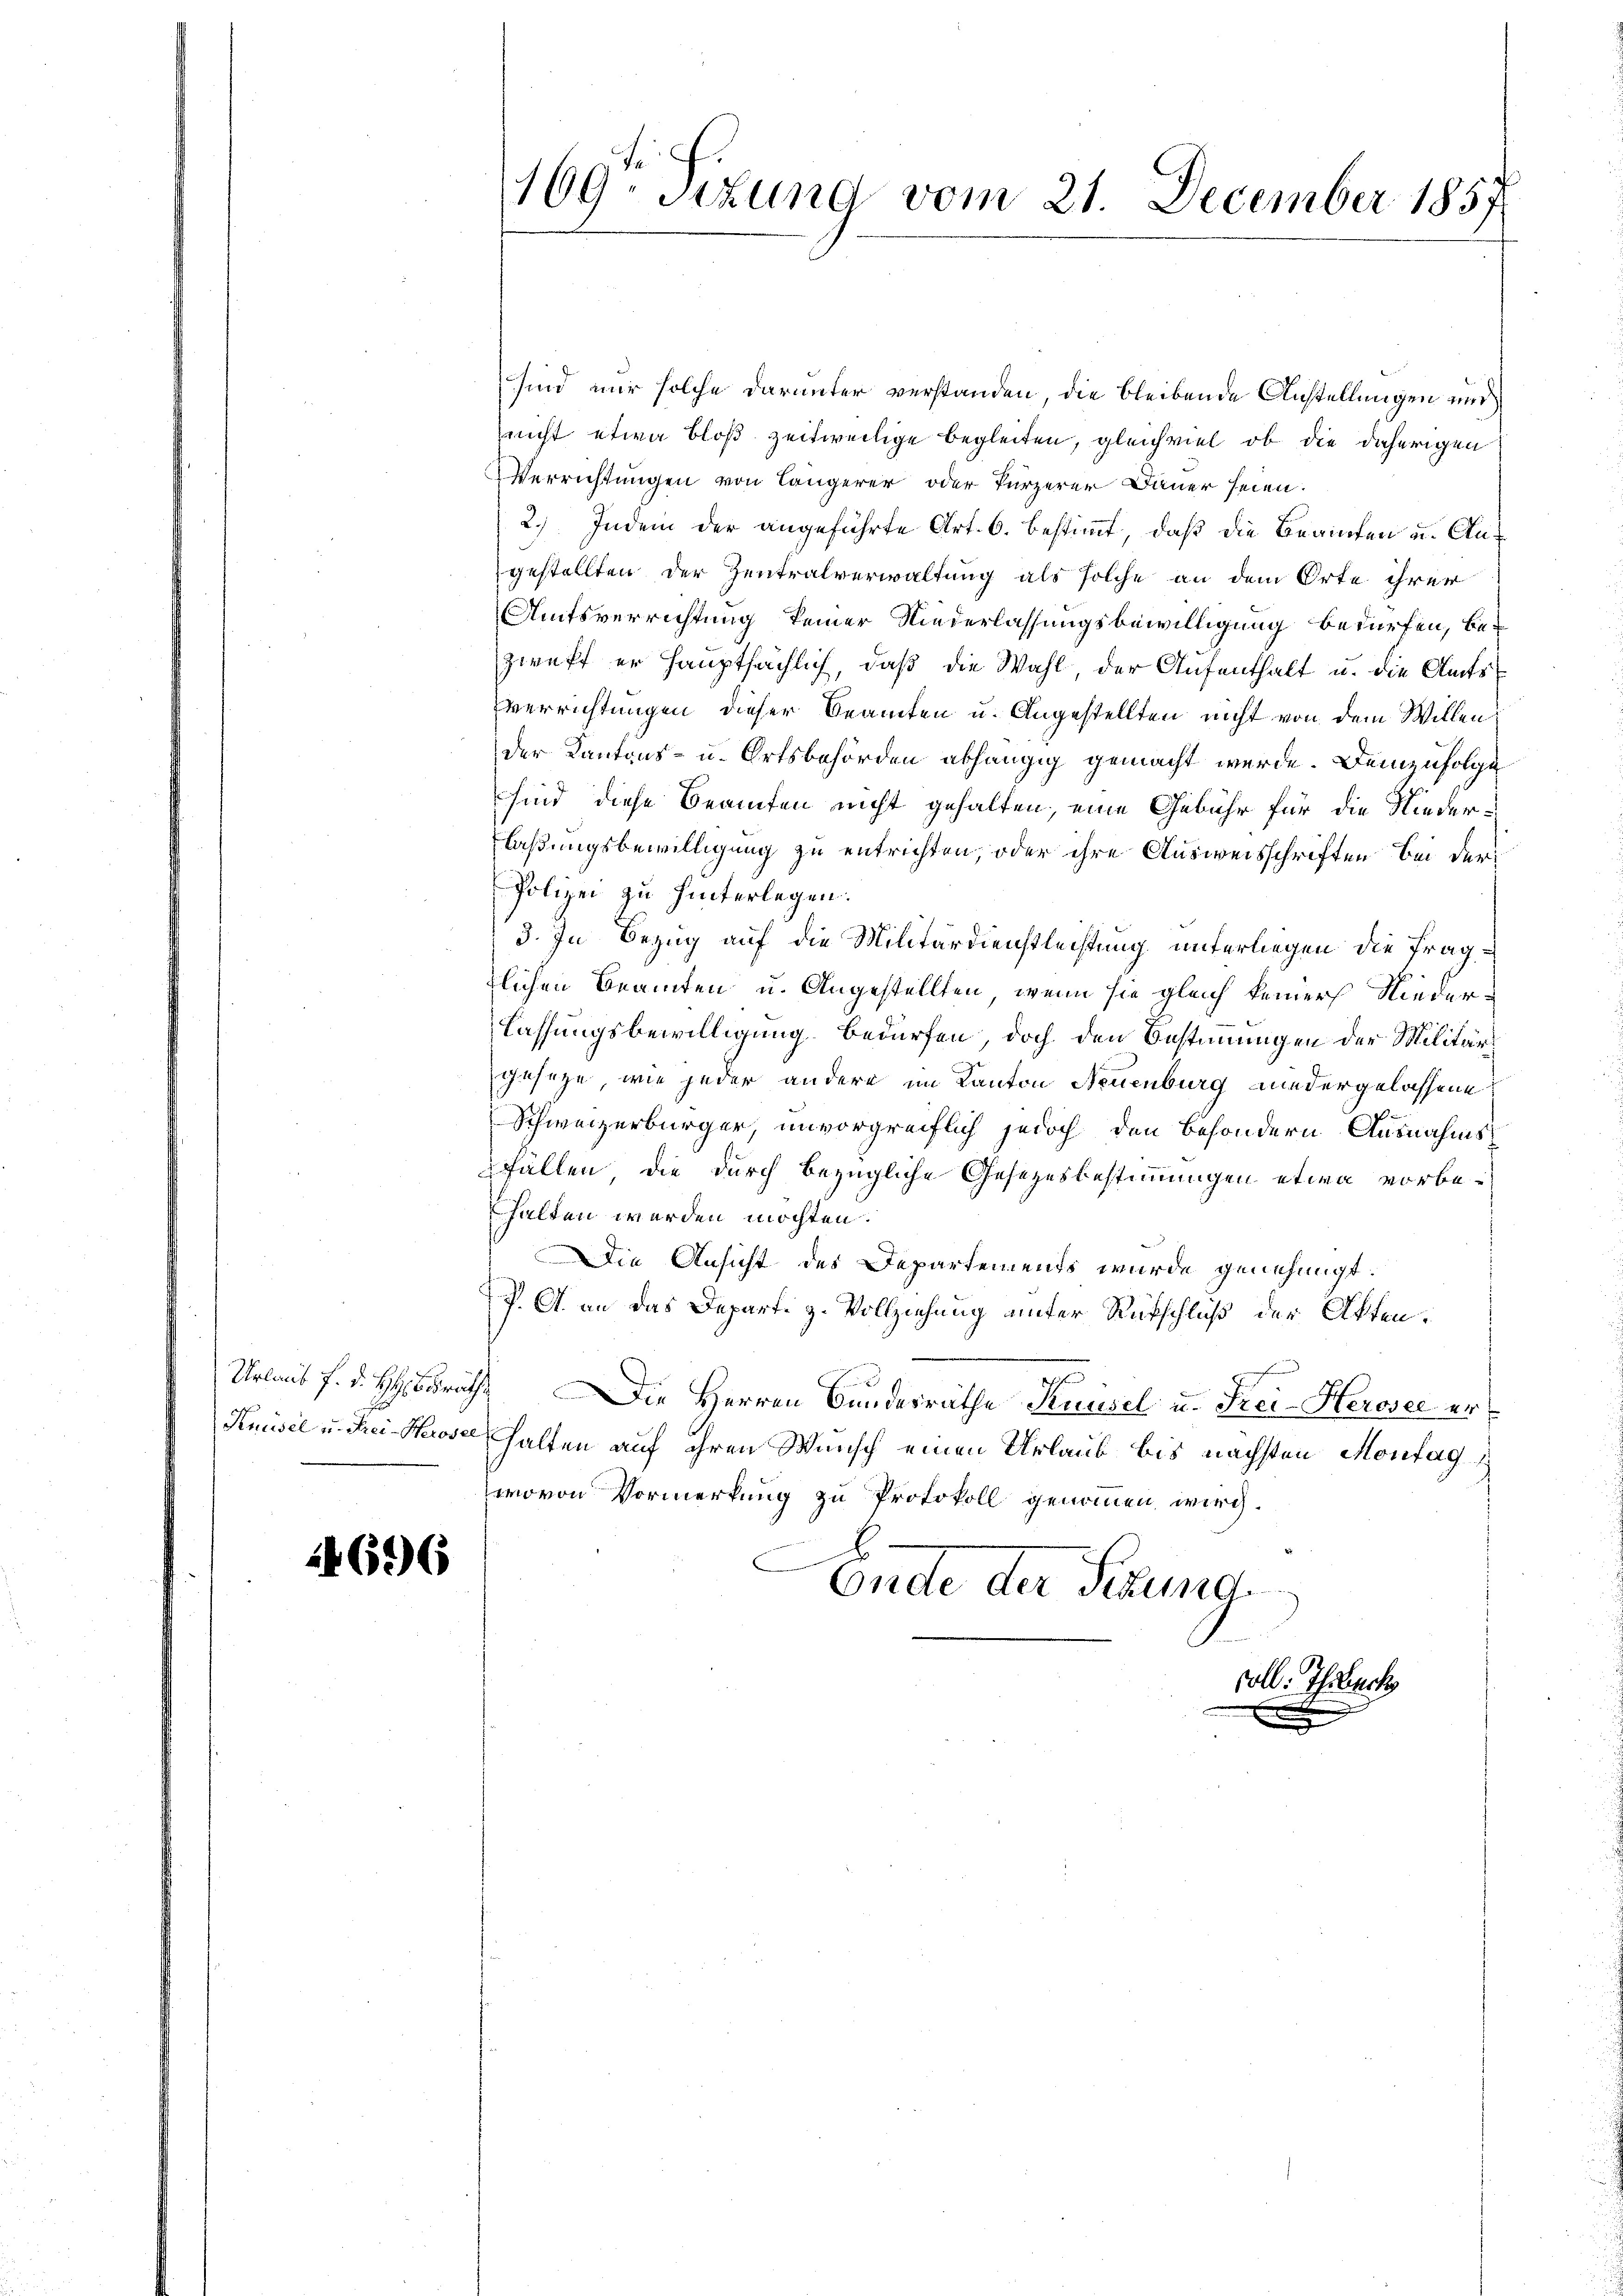
24696

sind nur solche darunter verstanden, die bleibende Anstellungen und
nicht etwa bloß zeitweilige Begleiten, gleichviel ob die daherigen
Verrichtungen von Längerer oder kürzerer Dauer seien.
2.) Indem der angeführte Art. 6. bestimmt, daß die Beamten u. Angestellten der Zentralverwaltung als solche an dem Orte ihrer
Amtsverrichtung keiner Niederlassungsbewilligung bedürfen, be-
zweff er hauptsächlich, daß die Wahl, der Aufenthalt u. die Amtsverrichtungen dieser Beamten u. Angestellten nicht von dem Willen,
der Kantons- u. Ortsbehörden abhängig gemacht werde. Demzufolge
sind diese Beamten nicht gehalten, eine Gebühr für die Niederlaßungsbewilligung zu entrichten, oder ihre Ausweisschriften bei der
Polizei zu hinterlegen.
3. In Bezug auf die Militärdienstleistung unterliegen die Fragtlichen Beamten u. Angestellten, wenn sie gleich keiner Niederlassungsbewilligung bedürfen, doch den Bestimmungen der Militärgesetze, wie jeder andere im Kanton Neuenburg wiedergelassene
Schweizerbürger, unvorgreiflich jedoch den besondern Ausnahmsfällen, die durch bezügliche Gesetzesbestimmungen etwa vorbehalten werden möchten.
Die Ansicht des Departements wurde genehmigt.
P. A. an das Departe z. Vollziehung unter Rutschluß der Akten.
Urlaub f. d. H. Drath. Die Herren Bundesräthe Knüsel u. Frei-Heroser er¬
Kniisel u. drei Moser halten auf ihren Wunsch einen Urlaub bis nächsten Montag 1
wovon Vormerkung zu Protokoll genommen wird.
Ende der Sekund

169 schung vom 21. December 1857

soll. Ihr Sach